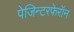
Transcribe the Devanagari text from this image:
पेजिन्टरफेरॉन